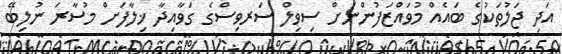
އަދި ޖަލުތަކުގެ ބައެއް މުވައްޒަފުންނަށް ސިވިލް ސަރވިސްގެ ގަވާއިދާ ޚިލާފަށް މުސާރަ ނުލިބޭ